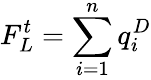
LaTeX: F_{L}^{t}=\sum_{i=1}^{n}q_{i}^{D}